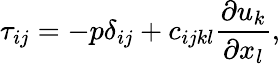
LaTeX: \tau_{ij}=-p\delta_{ij}+c_{ijkl}\frac{\partial u_{k}}{\partial x_{l}},